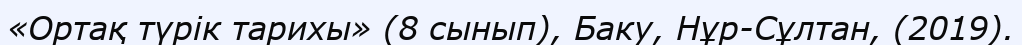
«Ортақ түрік тарихы» (8 сынып), Баку, Нұр-Сұлтан, (2019).